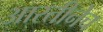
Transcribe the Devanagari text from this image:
आरतीनेच